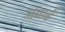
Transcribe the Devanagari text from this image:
जंवाई